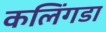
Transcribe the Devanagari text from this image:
कलिंगडा